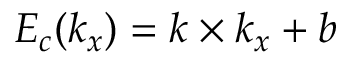
E _ { c } ( k _ { x } ) = k \times k _ { x } + b